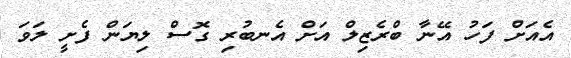
އެއަށް ފަހު އޭނާ ބްރެޒިލް އަށް އެނބުރި ގޮސް ލިޔަން ފެށީ ލަވަ